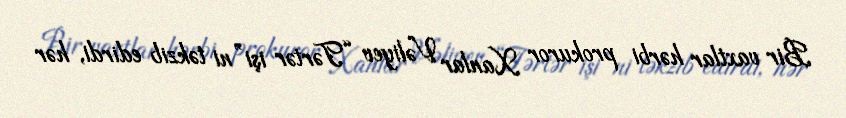
Bir vaxtlar hərbi prokuror Xanlar Vəliyev “Tərtər işi”ni təkzib edirdi, hər